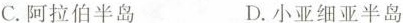
C.阿拉伯半岛 D.小亚细亚半岛